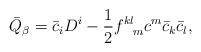
LaTeX: \begin{align*}\bar Q_{\beta} = \bar c_{i}D^{i} - \frac{1}{2}f^{kl}_{\ \ m}c^{m}\bar c_{k}\bar c_{l},\end{align*}